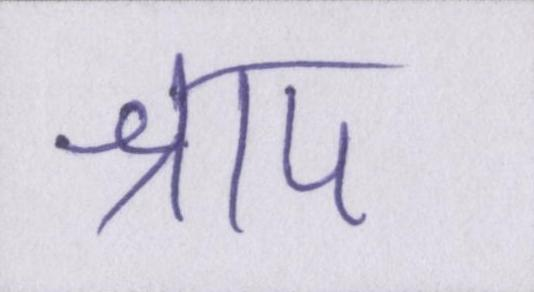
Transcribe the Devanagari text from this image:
श्राप